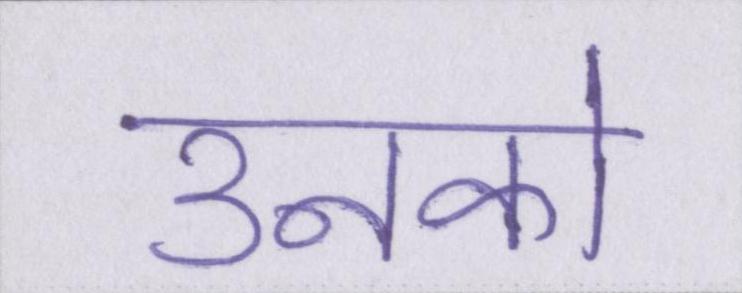
उनको